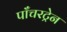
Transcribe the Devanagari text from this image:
पाँचरट्रेन